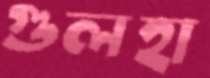
গুলহা